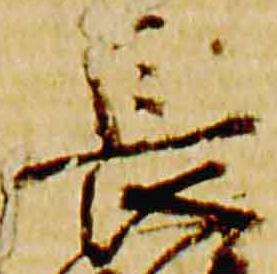
長